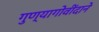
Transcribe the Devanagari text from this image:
गुण्यागोवींदाने